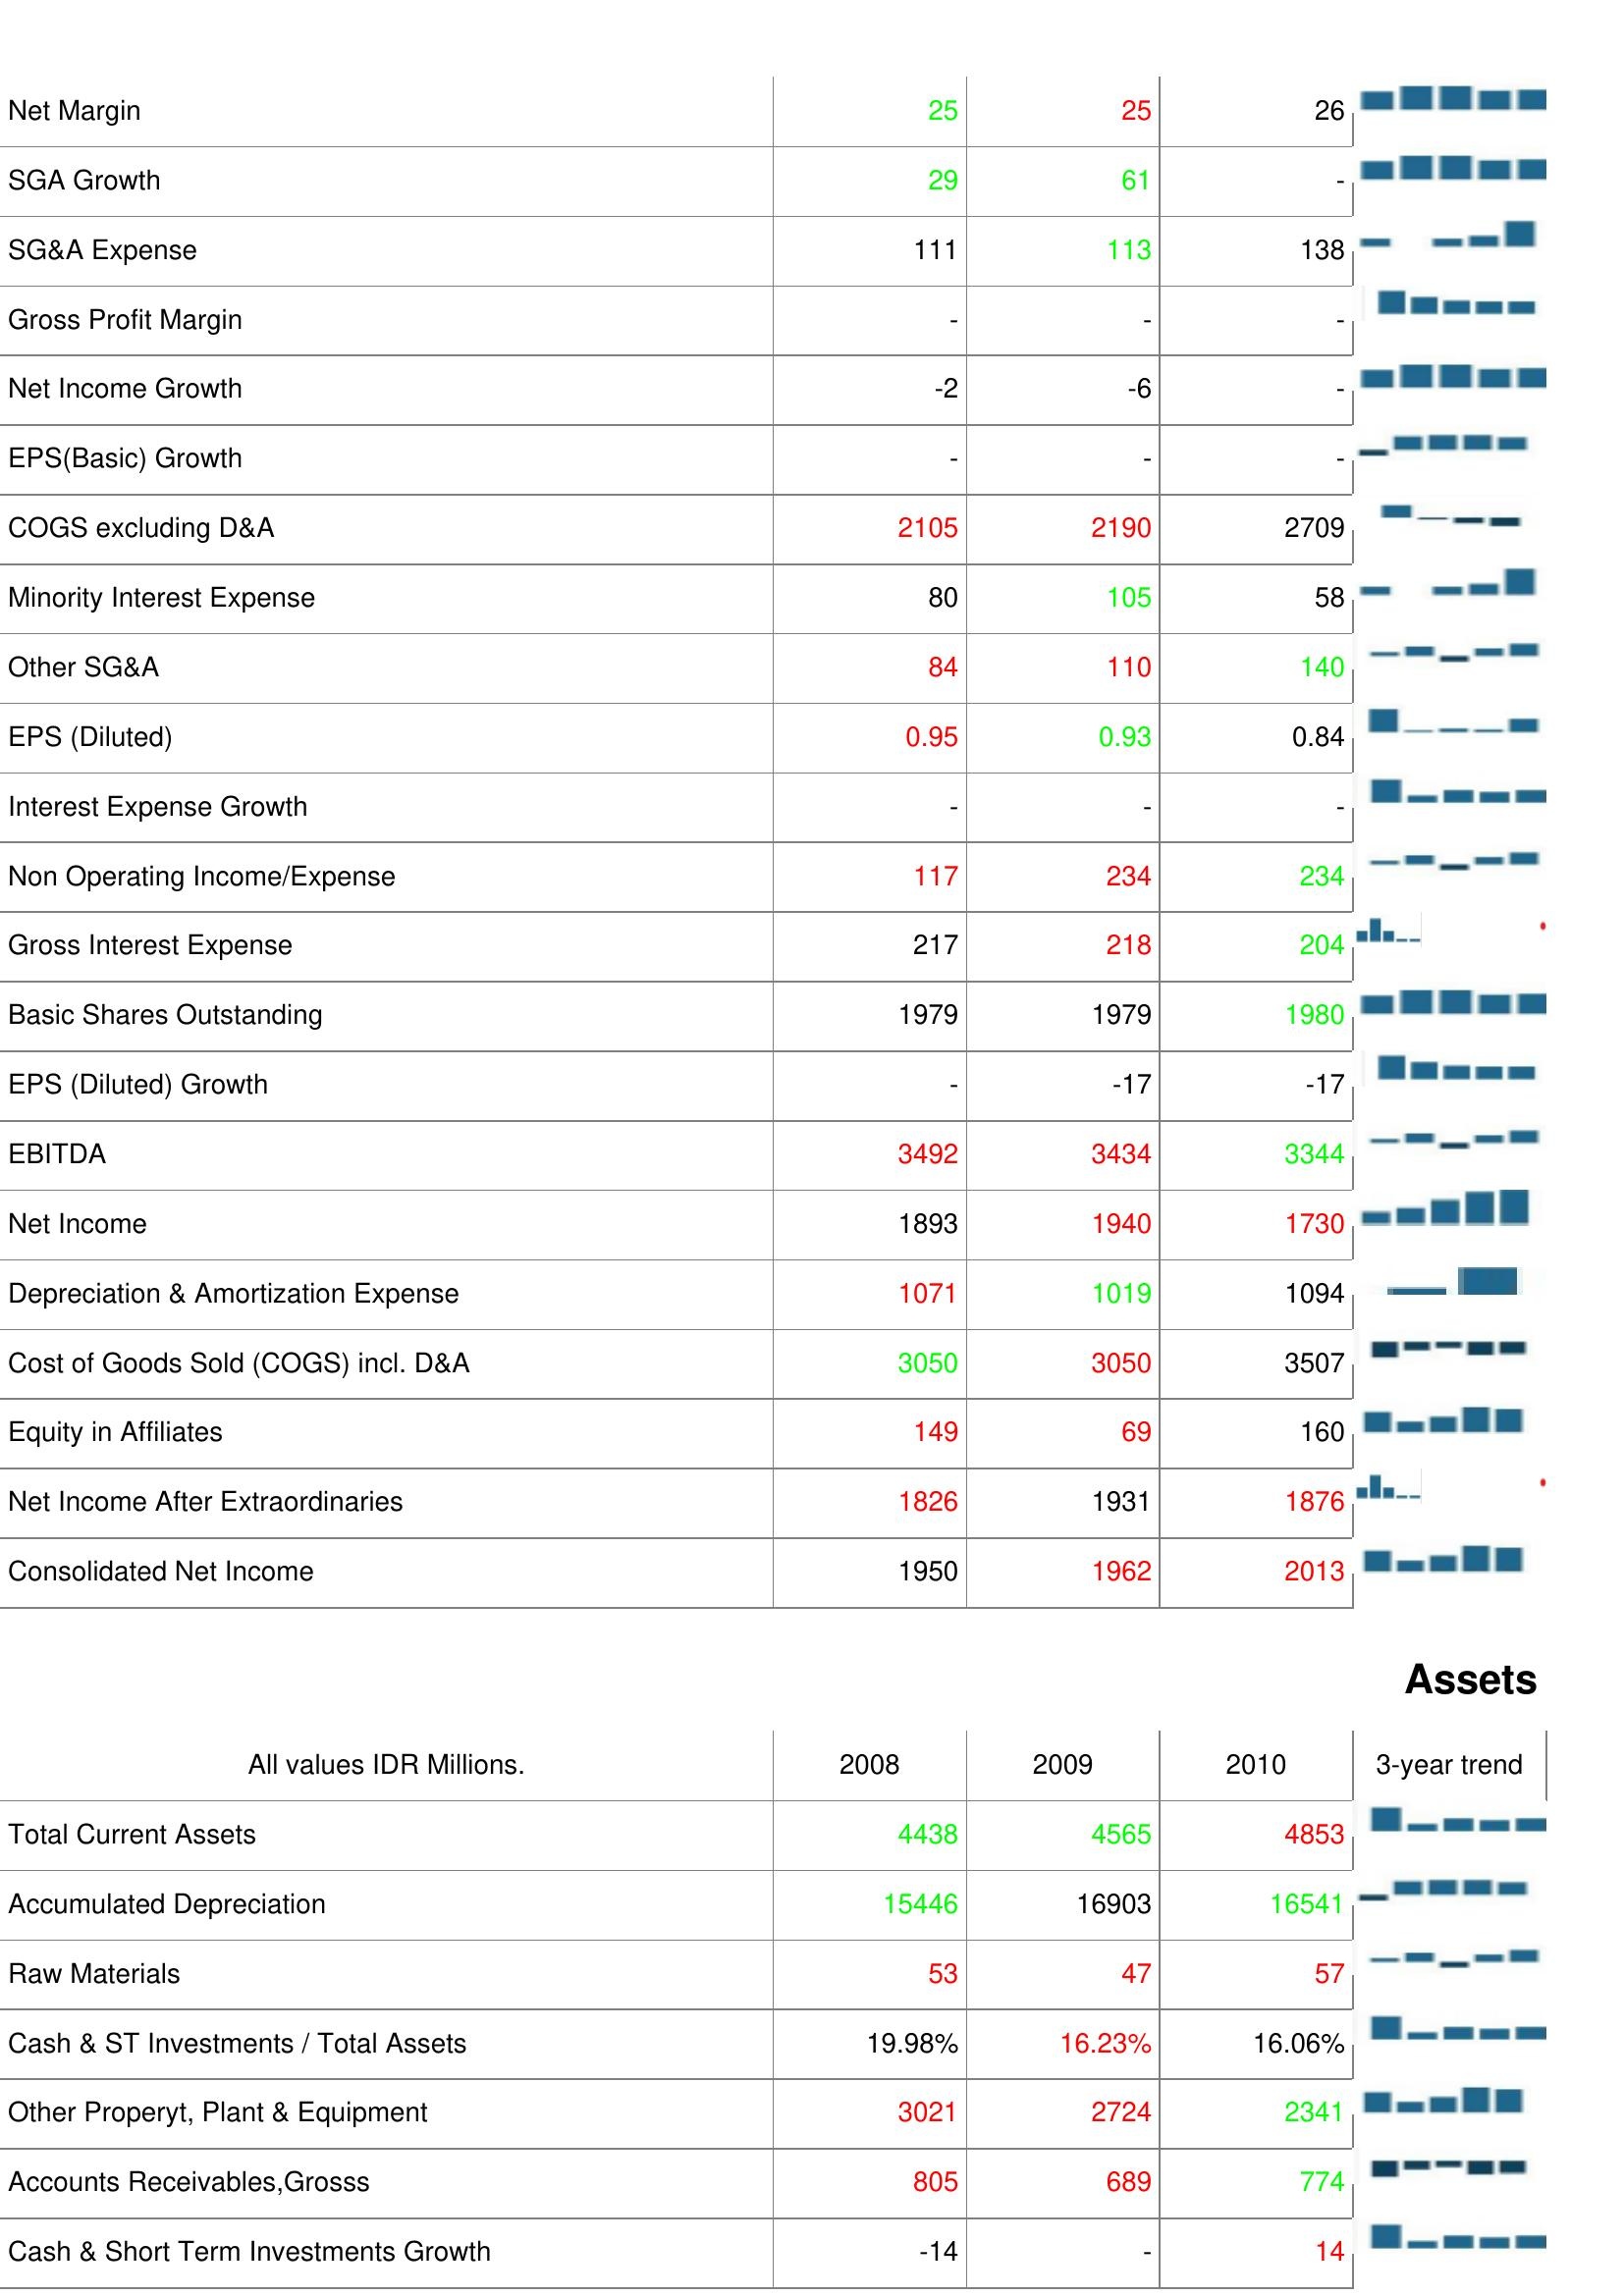
2008: : Net Margin: 25
SGA Growth: 29
SG&A Expense: 111
Gross Profit Margin: -
Net Income Growth: -2
EPS(Basic) Growth: -
COGS excluding D&A: 2105
Minority Interest Expense: 80
Other SG&A: 84
EPS (Diluted): 0.95
Interest Expense Growth: -
Non Operating Income/Expense: 117
Gross Interest Expense: 217
Basic Shares Outstanding: 1979
EPS (Diluted) Growth: -
EBITDA: 3492
Net Income: 1893
Depreciation & Amortization Expense: 1071
Cost of Goods Sold (COGS) incl. D&A: 3050
Equity in Affiliates: 149
Net Income After Extraordinaries: 1826
Consolidated Net Income: 1950
Assets: Total Current Assets: 4438
Accumulated Depreciation: 15446
Raw Materials: 53
Cash & ST Investments / Total Assets: 19.98%
Other Properyt, Plant & Equipment: 3021
Accounts Receivables,Grosss: 805
Cash & Short Term Investments Growth: -14
2009: : Net Margin: 25
SGA Growth: 61
SG&A Expense: 113
Gross Profit Margin: -
Net Income Growth: -6
EPS(Basic) Growth: -
COGS excluding D&A: 2190
Minority Interest Expense: 105
Other SG&A: 110
EPS (Diluted): 0.93
Interest Expense Growth: -
Non Operating Income/Expense: 234
Gross Interest Expense: 218
Basic Shares Outstanding: 1979
EPS (Diluted) Growth: -17
EBITDA: 3434
Net Income: 1940
Depreciation & Amortization Expense: 1019
Cost of Goods Sold (COGS) incl. D&A: 3050
Equity in Affiliates: 69
Net Income After Extraordinaries: 1931
Consolidated Net Income: 1962
Assets: Total Current Assets: 4565
Accumulated Depreciation: 16903
Raw Materials: 47
Cash & ST Investments / Total Assets: 16.23%
Other Properyt, Plant & Equipment: 2724
Accounts Receivables,Grosss: 689
Cash & Short Term Investments Growth: -
2010: : Net Margin: 26
SGA Growth: -
SG&A Expense: 138
Gross Profit Margin: -
Net Income Growth: -
EPS(Basic) Growth: -
COGS excluding D&A: 2709
Minority Interest Expense: 58
Other SG&A: 140
EPS (Diluted): 0.84
Interest Expense Growth: -
Non Operating Income/Expense: 234
Gross Interest Expense: 204
Basic Shares Outstanding: 1980
EPS (Diluted) Growth: -17
EBITDA: 3344
Net Income: 1730
Depreciation & Amortization Expense: 1094
Cost of Goods Sold (COGS) incl. D&A: 3507
Equity in Affiliates: 160
Net Income After Extraordinaries: 1876
Consolidated Net Income: 2013
Assets: Total Current Assets: 4853
Accumulated Depreciation: 16541
Raw Materials: 57
Cash & ST Investments / Total Assets: 16.06%
Other Properyt, Plant & Equipment: 2341
Accounts Receivables,Grosss: 774
Cash & Short Term Investments Growth: 14